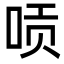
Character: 唝